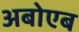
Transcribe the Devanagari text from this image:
अबोएब